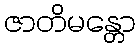
ဇာတိမန္တော